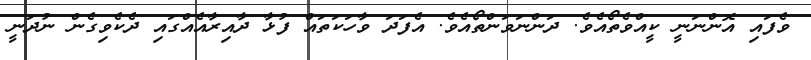
ވެފައި އޮންނަނީ ކީއްވެތޯއެވެ. ދަންނަވަންތޯއެވެ. އެފަދަ ވާހަކަތައް ފުޅާ ދާއިރާއެއްގައި ދެކެވިގެން ނުދަނީ